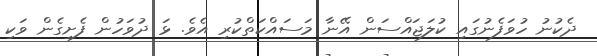
ދެކުނު ހުވަފެނުގައި ކުލަޖައްސަން އޭނާ މަސައްކަތްކުރި އެވެ. ޅަ ދުވަހުން ފެށިގެން ވަކި